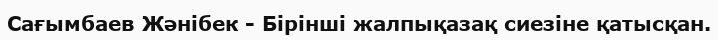
Сағымбаев Жәнібек - Бірінші жалпықазақ сиезіне қатысқан.